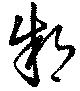
朔